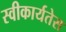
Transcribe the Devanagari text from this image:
स्वीकार्यतेस